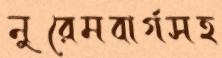
নুরেমবার্গসহ